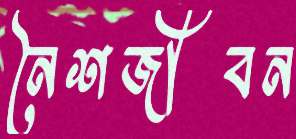
নৈশজীবন